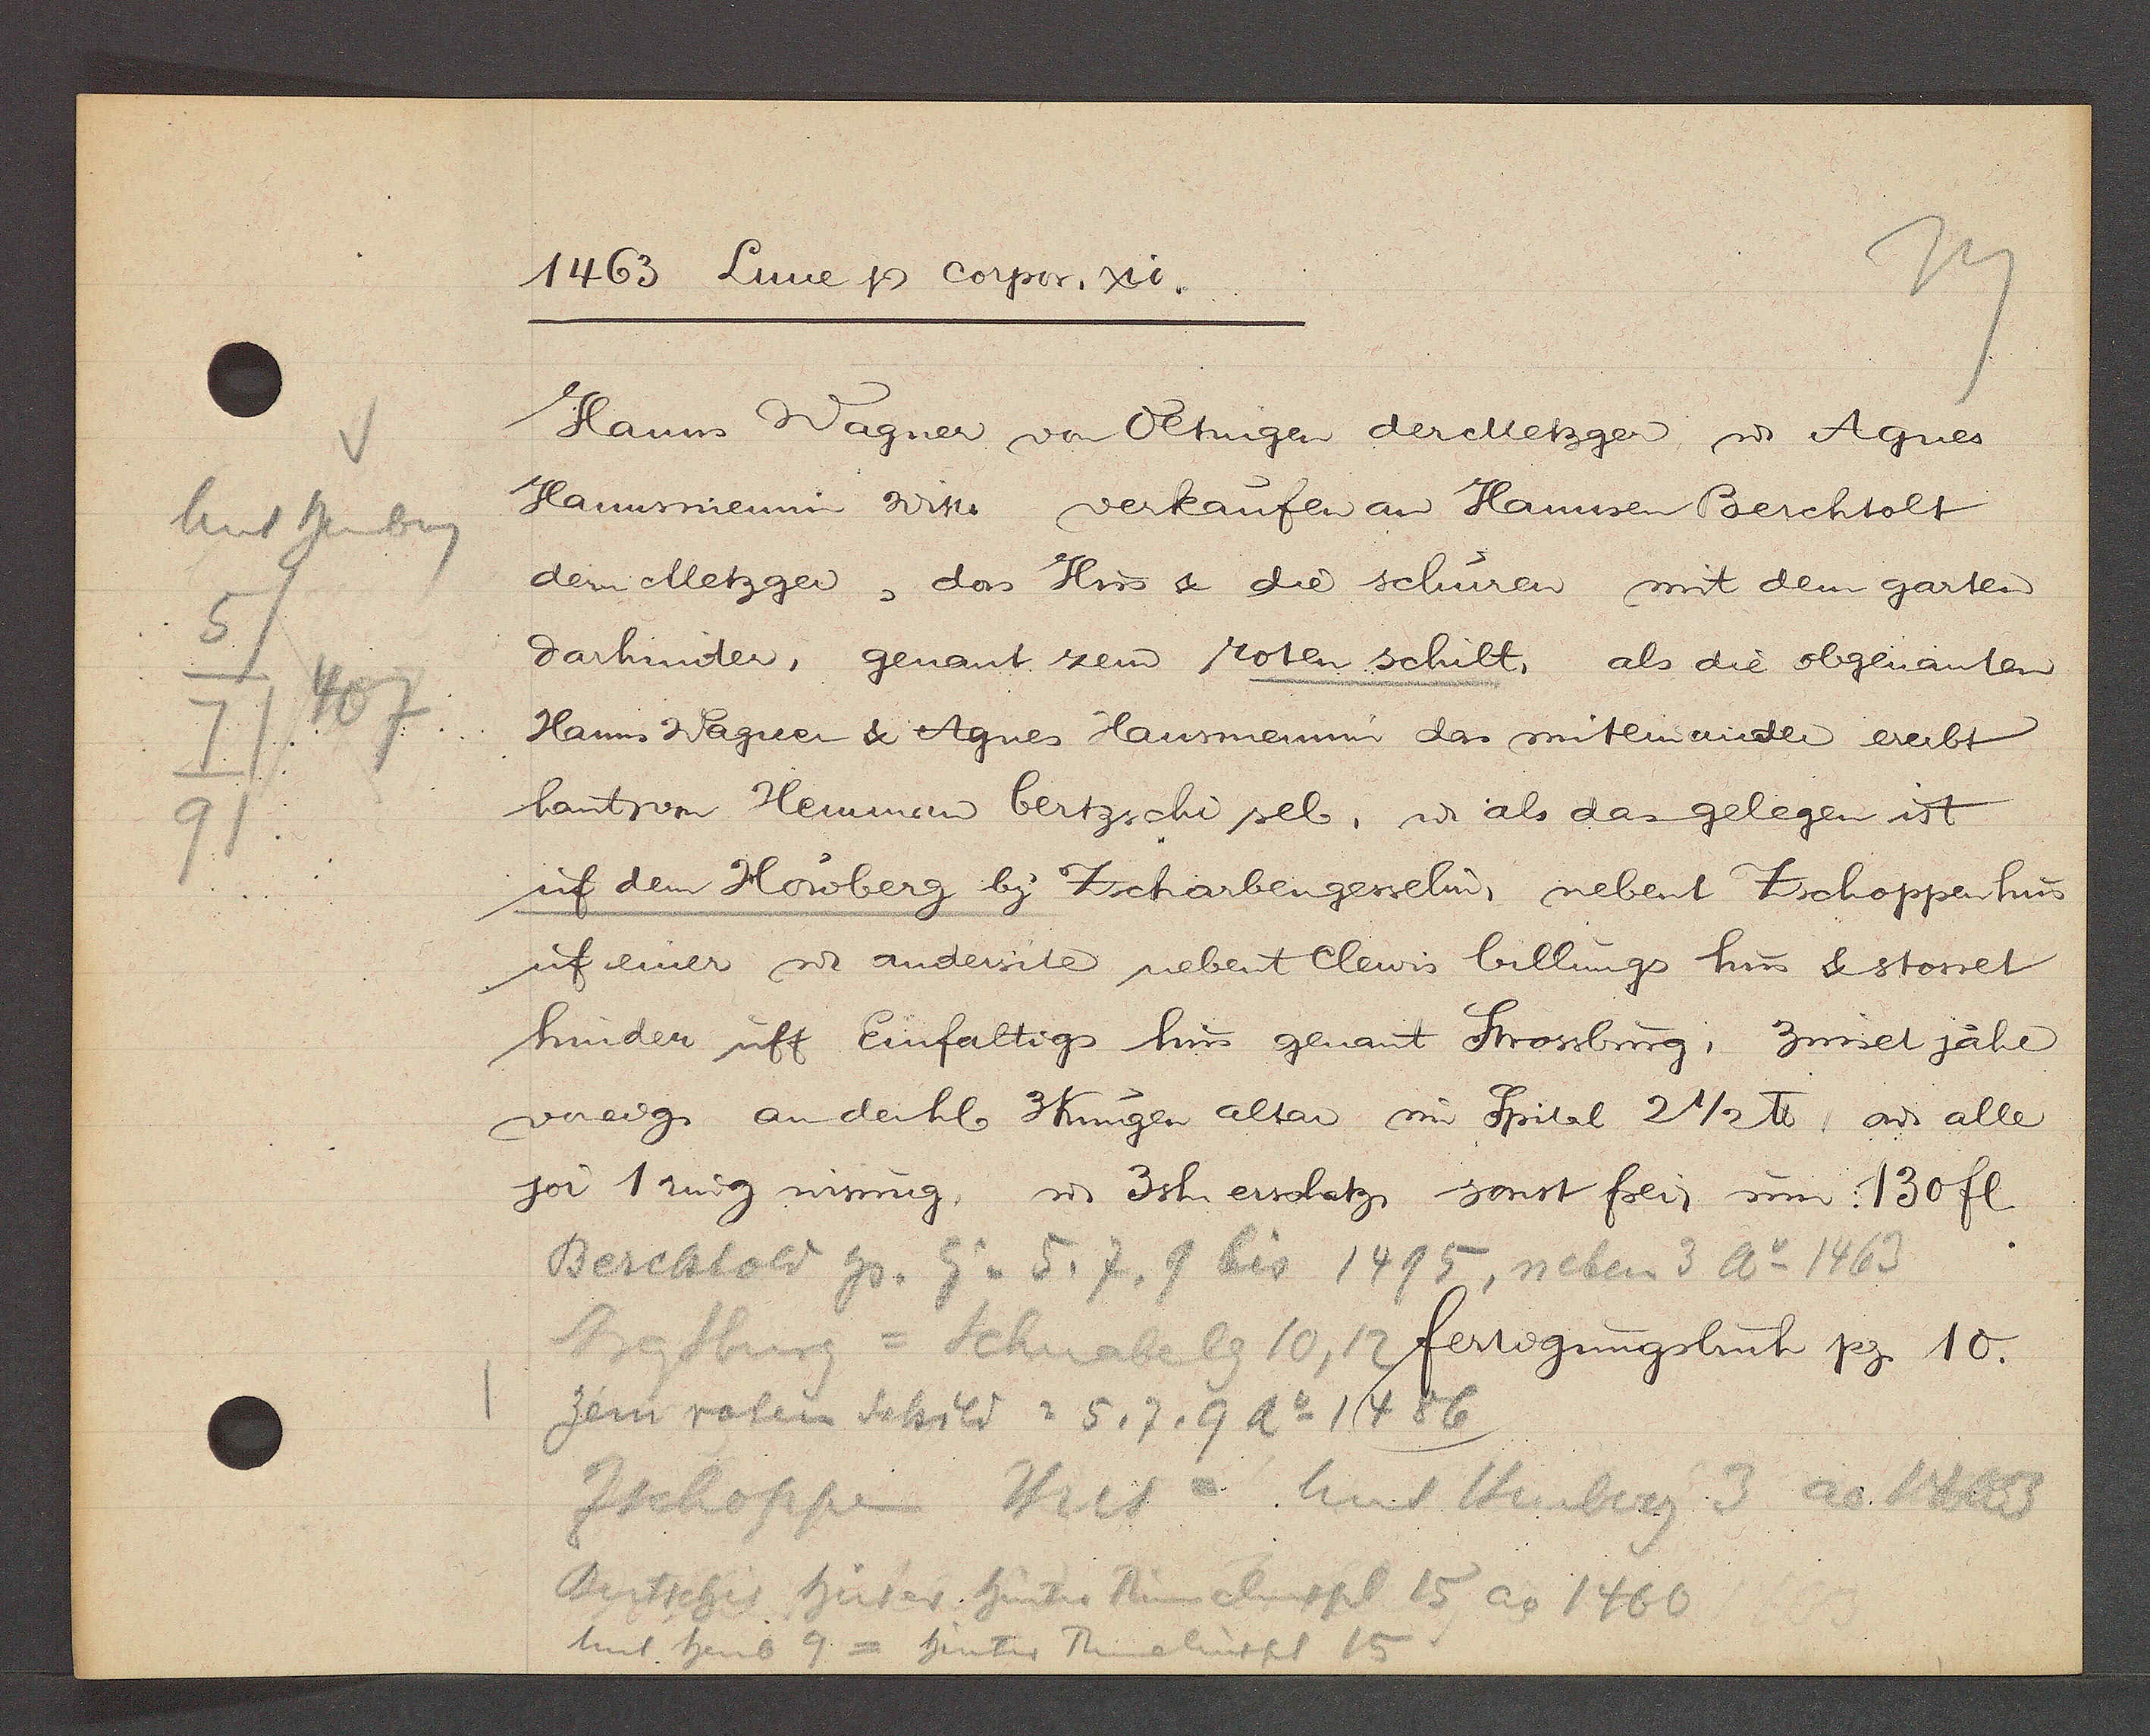
Transcript:
unt heuberg
5
407
7
9

1463 Lune Ƿ corpor. xti.

Hanns Wagner von Oltingen der Metzger ư Agnes
Hausmennin Witt. verkaufen an Hannsen Berchtolt
den Metzger, das Hus & die schuren mit dem garten
darhinder, genant zem roten schilt, als die obgenanten
Hanns Wagner & Agnes Hausmennin das miteinander ererbt
hant von Hemman bertzschi sel. ư als dan gelegen ist
uf dem Hoiberg by Zscharbengesselin, nebent Zschoppenhus
uf einer u andersite nebent Clewis billungs hus & stosset
hinden uff Einfaltigs hus genant Strossburg, zinset jähr
voneig. anden hl 3Kungen altar im Spital 2 1/2 ℔, ư alle
jor 1 ring wisung, ư 3sh erschatz, sonst frei um: 130 fl

Berchtold Hs. Eg v 5,7, 9 bis 1495, neben 3 Ao 1463
Strassburg = Schnabelg 10, 12
zem roten Schild = 5, 7, 9 Ao 1486
Zschooppen Hus = unt Heuberg 3 ao 1463
Bentschis Hüser hinter Rümelinspl 15 ao 1460
unt heub 9 = hinter Rümelinspl 15

fertigungsbuch pg. 10.